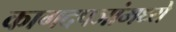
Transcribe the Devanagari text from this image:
कागदपञांमध्ये